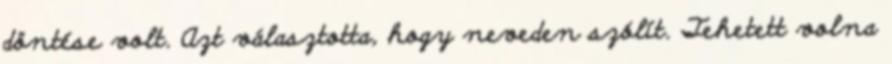
döntése volt. Azt választotta, hogy neveden szólít. Tehetett volna